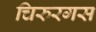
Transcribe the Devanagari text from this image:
चिरुरगस